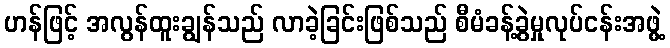
ဟန်ဖြင့် အလွန်ထူးချွန်သည် လာခဲ့ခြင်းဖြစ်သည် စီမံခန့်ခွဲမှုလုပ်ငန်းအဖွဲ့